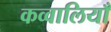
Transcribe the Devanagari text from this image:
कव्वालियाँ